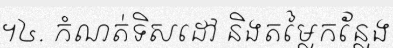
។៤. កំណត់ទិសដៅ និងតម្លៃកន្លែង